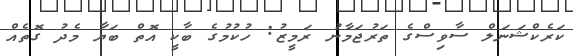
ކަރެކްޝަނަލް ސާވިސްގެ ތަރުޖަމާނު ރަމީޒު: ހުކުމުގެ ބާކީ އޮތް ބަޔާ މެދު ގޮތެއް